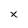
Character: x